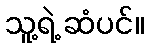
သူ့ရဲ့ ဆံပင်။